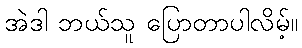
အဲဒါ ဘယ်သူ ပြောတာပါလိမ့်။